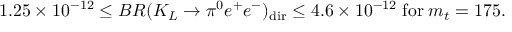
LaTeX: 1 . 2 5 \times 1 0 ^ { - 1 2 } \leq B R ( K _ { L } \rightarrow \pi ^ { 0 } e ^ { + } e ^ { - } ) _ { \mathrm { d i r } } \leq 4 . 6 \times 1 0 ^ { - 1 2 } \; \mathrm { f o r } \; m _ { t } = 1 7 5 . \nonumber \, \phantom { l }